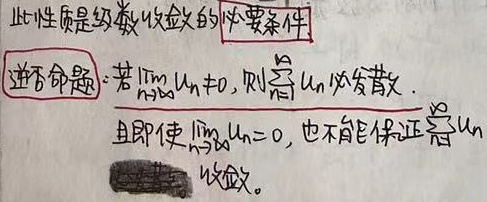
此性质是级数收敛的**必要条件**逆否命题：若\(\lim\limits_{n \to \infty} u_n \neq 0\)，则\(\sum_{n = 1}^{\infty} u_n\)必发散。且即使\(\lim\limits_{n \to \infty} u_n = 0\)，也不能保证\(\sum_{n = 1}^{\infty} u_n\)收敛。